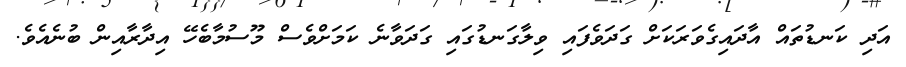
އަދި ކަނޑުތައް އާދައިގެވަރަކަށް ގަދަވެފައި ވިލާގަނޑުގައި ގަދަވާނެ ކަމަށްވެސް މޫސުމާބެހޭ އިދާރާއިން ބުނެއެވެ.